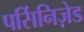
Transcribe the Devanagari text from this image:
पर्सिनिज़ेड